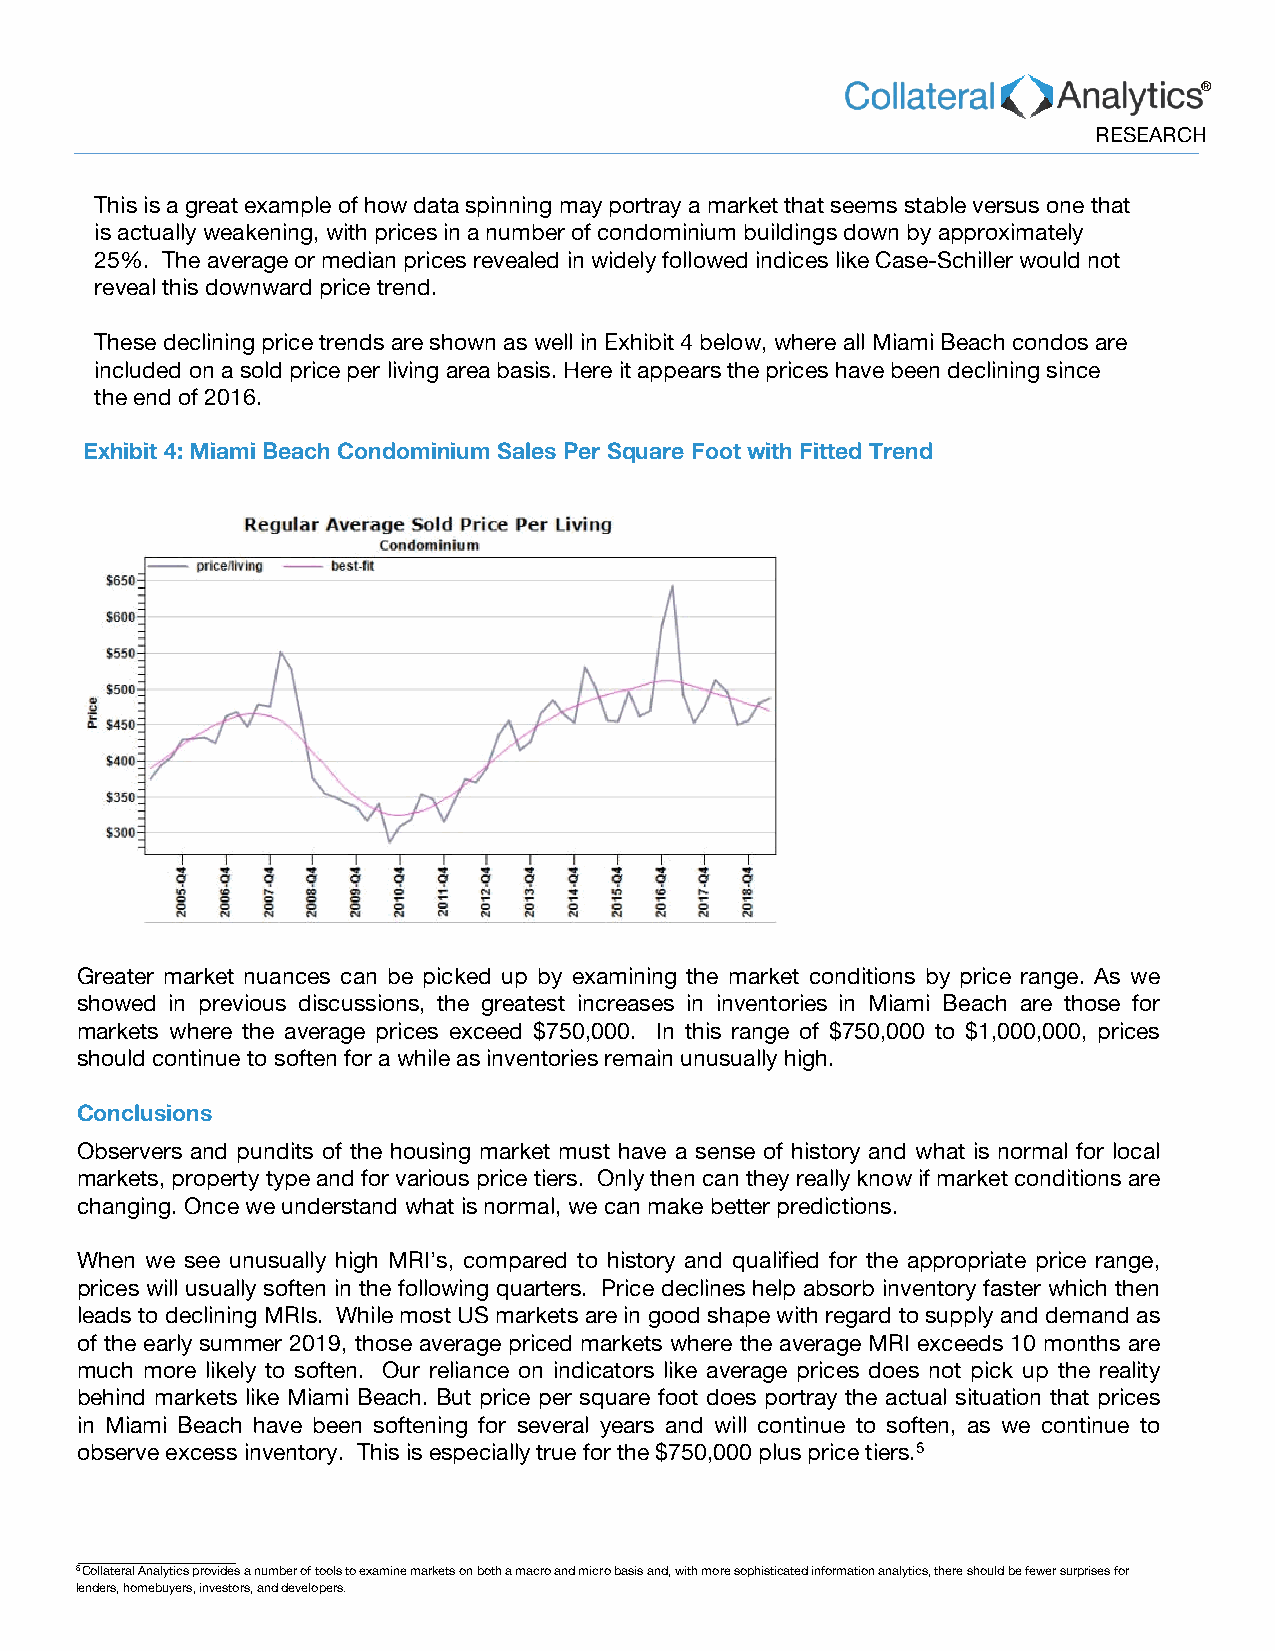
®
 RESEARCH
 This is a great example of how data spinning may portray a market that seems stable versus one that
 is actually weakening, with prices in a number of condominium buildings down by approximately
 25%. The average or median prices revealed in widely followed indices like Case-Schiller would not
 reveal this downward price trend.
 These declining price trends are shown as well in Exhibit 4 below, where all Miami Beach condos are
 included on a sold price per living area basis. Here it appears the prices have been declining since
 the end of 2016.
 Exhibit 4: Miami Beach Condominium Sales Per Square Foot with Fitted Trend
 Greater market nuances can be picked up by examining the market conditions by price range. As we
 showed in previous discussions, the greatest increases in inventories in Miami Beach are those for
 markets where the average prices exceed $750,000. In this range of $750,000 to $1,000,000, prices
 should continue to soften for a while as inventories remain unusually high.
 Conclusions
 Observers and pundits of the housing market must have a sense of history and what is normal for local
 markets, property type and for various price tiers. Only then can they really know if market conditions are
 changing. Once we understand what is normal, we can make better predictions.
 When we see unusually high MRI’s, compared to history and qualified for the appropriate price range,
 prices will usually soften in the following quarters. Price declines help absorb inventory faster which then
 leads to declining MRIs. While most US markets are in good shape with regard to supply and demand as
 of the early summer 2019, those average priced markets where the average MRI exceeds 10 months are
 much more likely to soften. Our reliance on indicators like average prices does not pick up the reality
 behind markets like Miami Beach. But price per square foot does portray the actual situation that prices
 in Miami Beach have been softening for several years and will continue to soften, as we continue to
 observe excess inventory. This is especially true for the $750,000 plus price tiers.5
 5 Collateral Analytics provides a number of tools to examine markets on both a macro and micro basis and, with more sophisticated information analytics, there should be fewer surprises for
 lenders, homebuyers, investors, and developers.